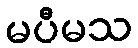
မပီမသ